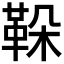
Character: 𩊜